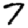
Digit: 7